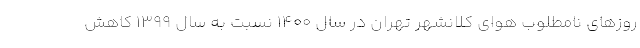
روزهای نامطلوب هوای کلانشهر تهران در سال ۱۴۰۰ نسبت به سال ۱۳۹۹ کاهش